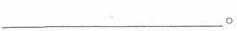
___。